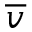
\overline { { { v } } }